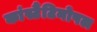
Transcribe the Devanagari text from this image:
कांस्टैंटिनोपल